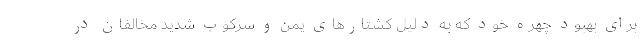
برای بهبود چهره خود که به دلیل کشتارهای یمن و سرکوب شدید مخالفان در